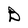
Character: B